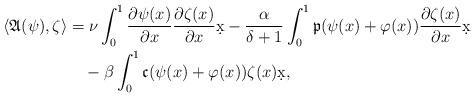
LaTeX: \begin{align*} \langle\mathfrak{A}(\psi),\zeta\rangle &=\nu\int_0^1\frac{\partial \psi(x)}{\partial x}\frac{\partial \zeta(x)}{\partial x}\d x-\frac{\alpha}{\delta+1}\int_0^1\mathfrak{p}(\psi(x)+\varphi(x))\frac{\partial \zeta(x)}{\partial x}\d x\\&\quad-\beta\int_0^1\mathfrak{c}(\psi(x)+\varphi(x))\zeta(x)\d x, \end{align*}